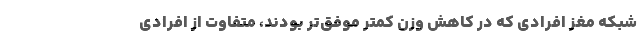
شبکه مغز افرادی که در کاهش وزن کمتر موفق‌تر بودند، متفاوت از افرادی